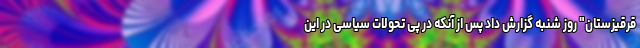
قرقیزستان" روز شنبه گزارش داد پس از آنکه در پی تحولات سیاسی در این